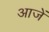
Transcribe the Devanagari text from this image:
आजें